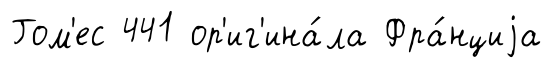
Гом'ес 441 ор'иг'ина́ла Фра́нциjа